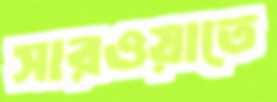
সারওয়াতে